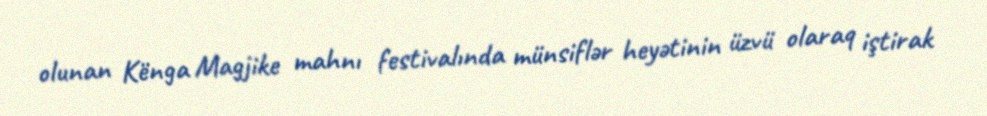
olunan Kënga Magjike mahnı festivalında münsiflər heyətinin üzvü olaraq iştirak